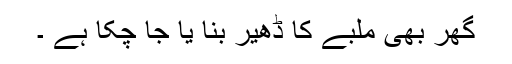
گھر بھی ملبے کا ڈھیر بنا یا جا چکا ہے ۔